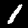
Digit: 1